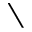
\setminus